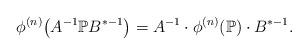
LaTeX: \begin{align*} \phi^{(n)}\big( A^{-1} {\mathbb P} B^{* -1} \big) = A^{-1} \cdot \phi^{(n)}({\mathbb P}) \cdot B^{*-1}.\end{align*}